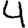
Digit: 4